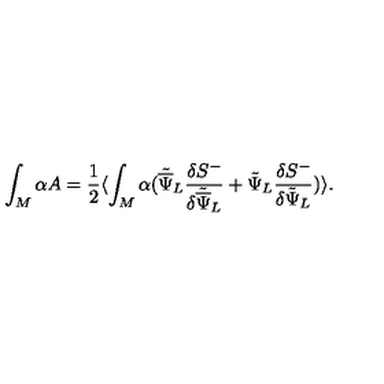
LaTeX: \int _ { M } \alpha A = { \frac { 1 } { 2 } } \langle \int _ { M } \alpha ( { \tilde { \overline { \Psi } } } _ { L } { \frac { \delta { S } ^ { - } } { \delta { \tilde { \overline { \Psi } } } _ { L } } } + { \tilde { \Psi } } _ { L } { \frac { \delta { S } ^ { - } } { \delta { \tilde { \Psi } } _ { L } } } ) \rangle .